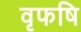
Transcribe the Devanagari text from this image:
वृफषि